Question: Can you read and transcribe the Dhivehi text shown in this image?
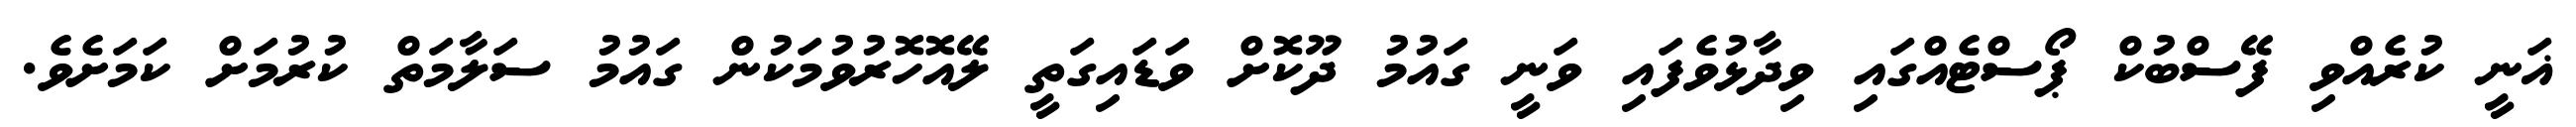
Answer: ޣަނީ ކުރެއްވި ފޭސްބުކް ޕޯސްޓެއްގައި ވިދާޅުވެފައި ވަނީ ގައުމު ދޫކޮށް ވަޑައިގަތީ ލޭއޮހޮރުވުމަކުން ގައުމު ސަލާމަތް ކުރުމަށް ކަމަށެވެ.